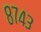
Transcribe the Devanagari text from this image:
८७४३